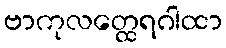
ဗာကုလတ္ထေရဂါထာ